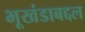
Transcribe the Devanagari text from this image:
भूखंडाबद्दल